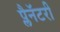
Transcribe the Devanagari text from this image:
प्लैनॅटरी